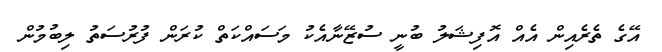
އޭގެ ތެރެއިން އެއް އޮފިޝަލު ބުނީ ސުޒޭނާއެކު މަސައްކަތް ކުރަން ފުރުސަތު ލިބުމުން